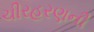
ચીરહરણની